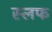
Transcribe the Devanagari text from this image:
स्लफ